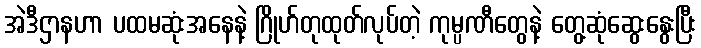
အဲဒီဌာနဟာ ပထမဆုံးအနေနဲ့ ဂြိုဟ်တုထုတ်လုပ်တဲ့ ကုမ္ပဏီတွေနဲ့ တွေ့ဆုံဆွေးနွေးပြီး